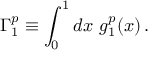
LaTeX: \Gamma _ { 1 } ^ { p } \equiv \int _ { 0 } ^ { 1 } d x ~ g _ { 1 } ^ { p } ( x ) \, .